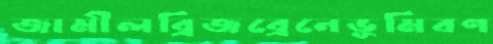
জামীলব্রিজব্রেনেভূমিবণ